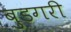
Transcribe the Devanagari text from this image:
बुडगरी